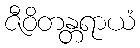
ဇီဝိတန္တရာယံ